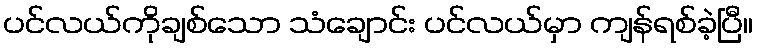
ပင်လယ်ကိုချစ်သော သံချောင်း ပင်လယ်မှာ ကျန်ရစ်ခဲ့ပြီ။